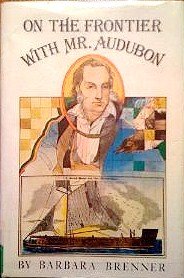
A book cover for On the Frontier with Mr. Audubon; Barbara Brenner; Teen & Young Adult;